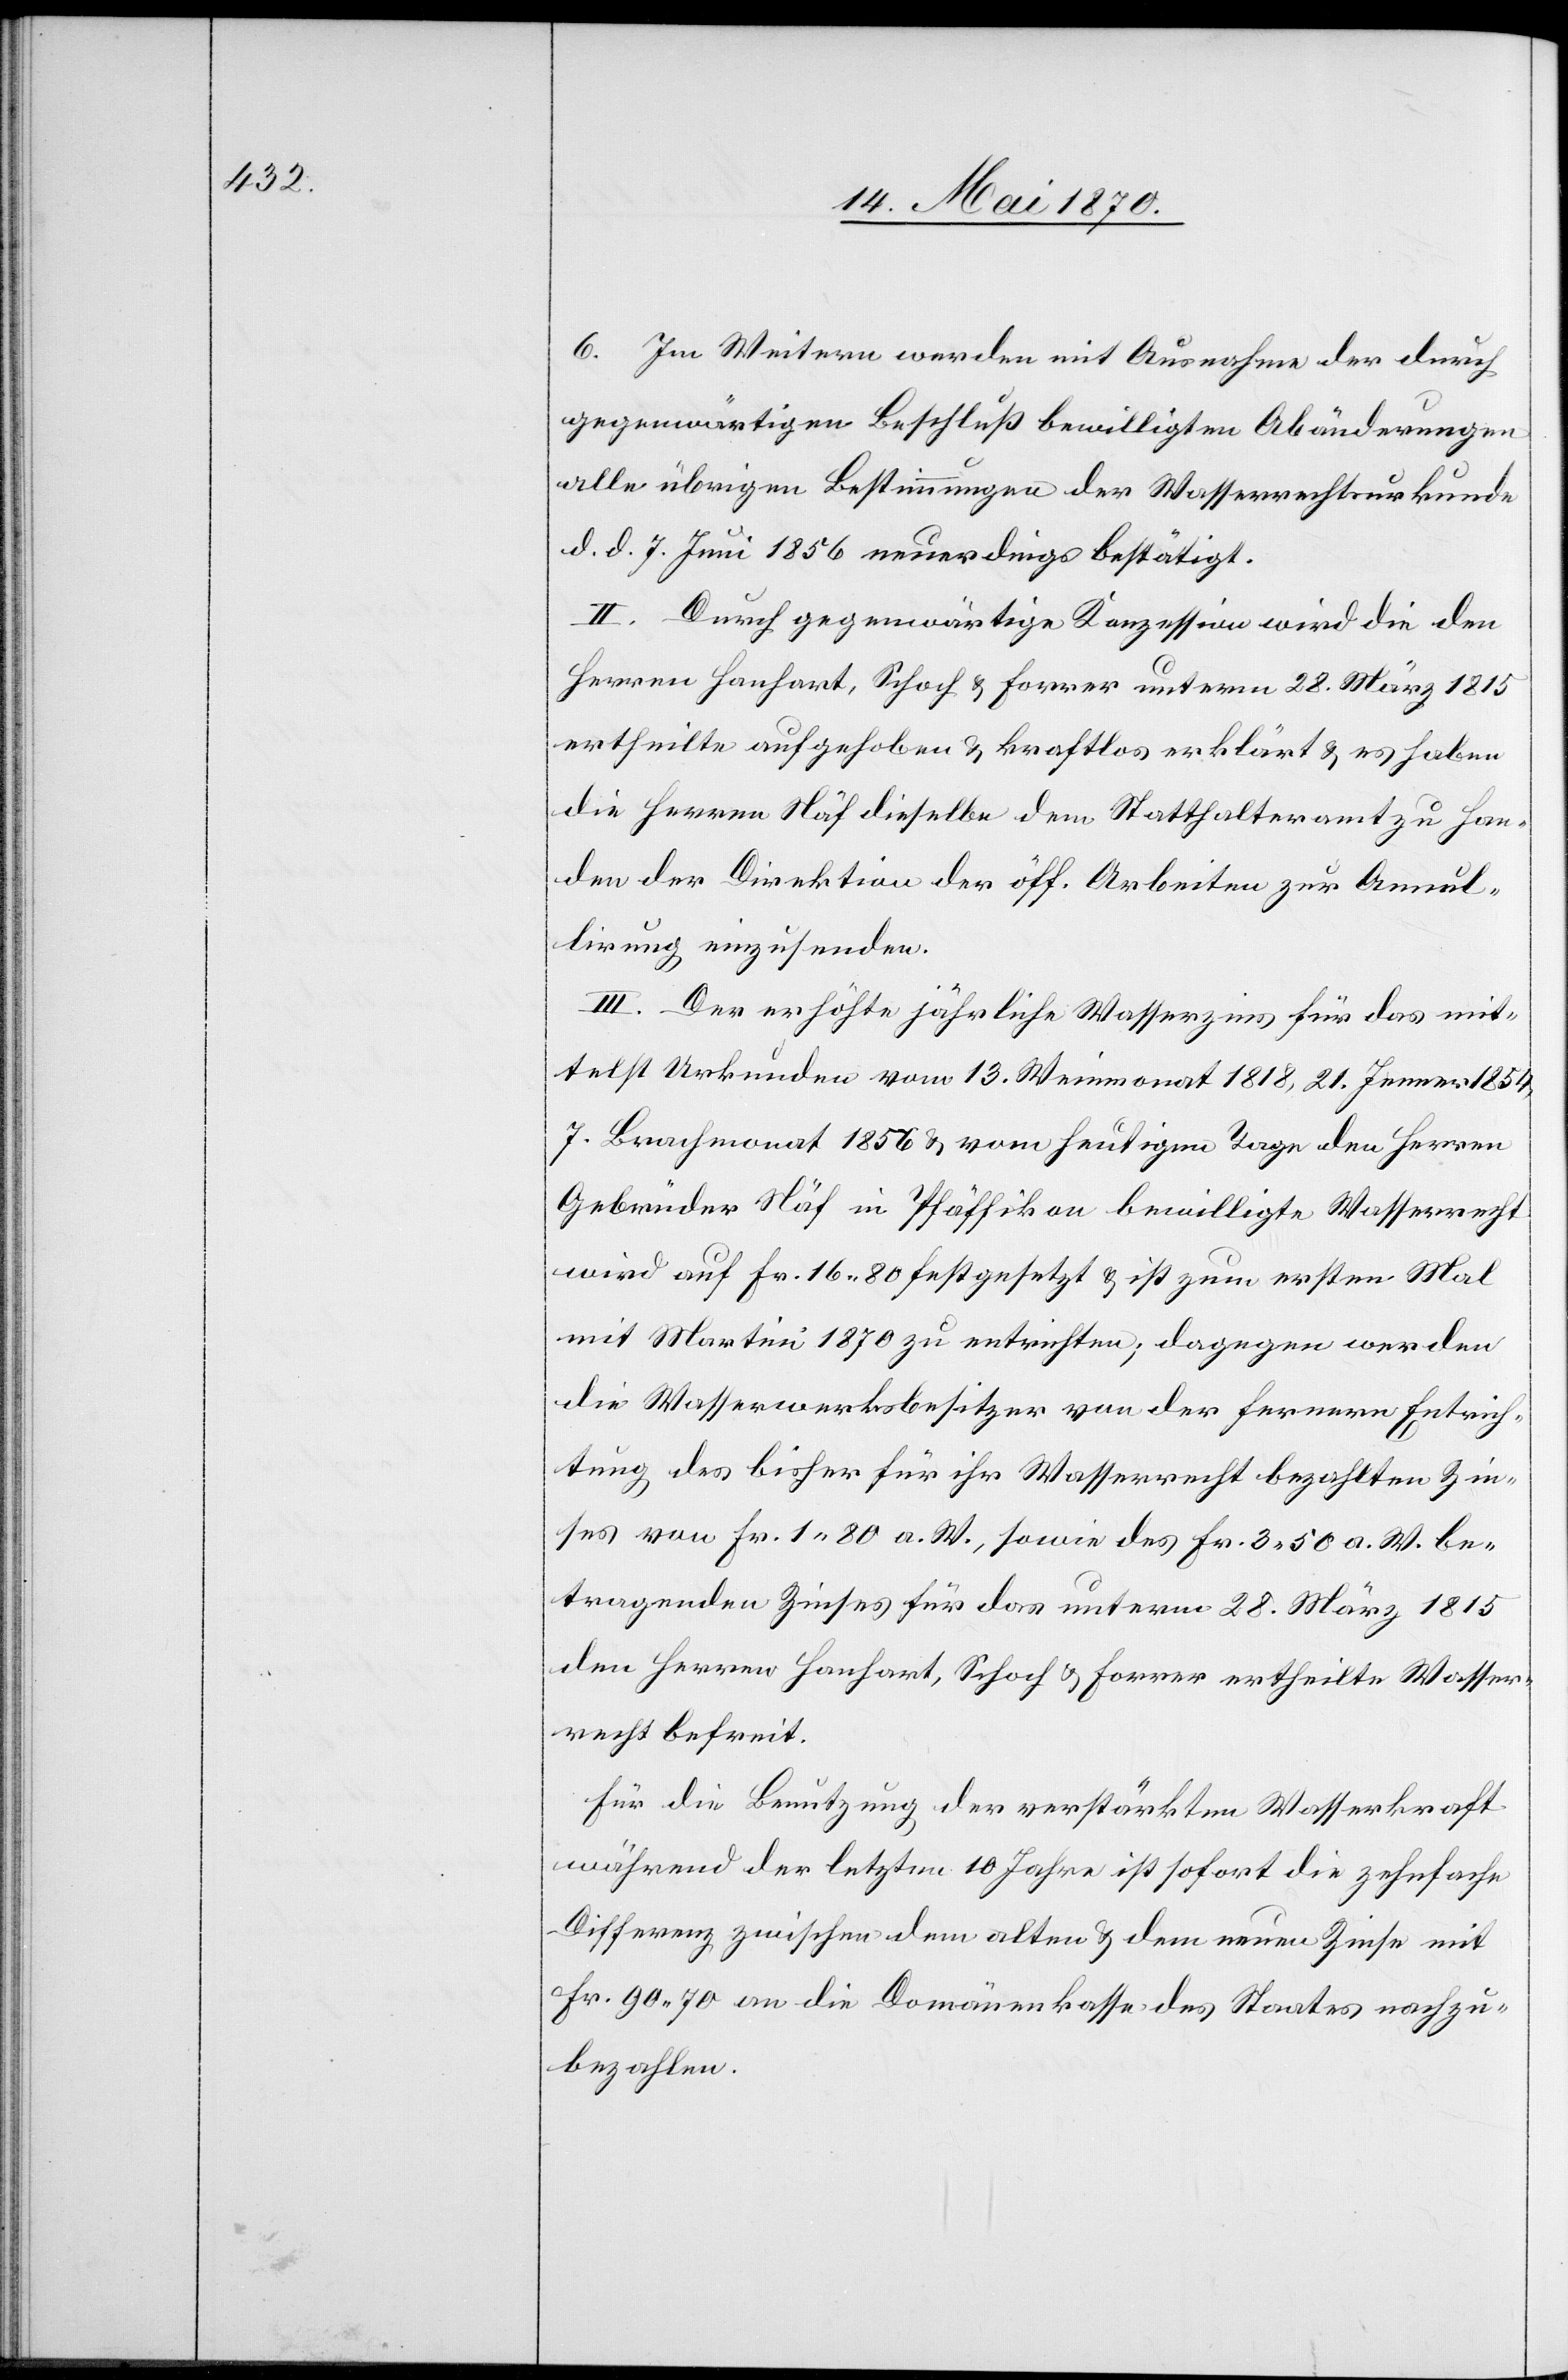
6. Im Weitern werden mit Ausnahme der durch
gegenwärtigen Beschluß bewilligten Abänderungen
alle übrigen Bestimmungen der Wasserrechtsurkunde
d. d. 7. Juni 1856 neuerdings bestätigt.
II. Durch gegenwärtige Konzession wird die den
Herren Hanhart, Schoch & Forrer unterm 28. März 1815
ertheilte aufgehoben & kraftlos erklärt & es haben
die Herren Näf dieselbe dem Statthalteramt zu Han¬
den der Direktion der öff. Arbeiten zur Annul¬
ation einzusenden.
III. Der erhöhte jährliche Wasserzins für das mit¬
telst Urkunden vom 13. Weinmonat 1818, 21. Jenner 1854,
7. Brachmonat 1856 & vom heutigen Tage den Herren
Gebrüder Näf in Pfäffikon bewilligte Wasserrecht
wird auf Fr. 16.80 festgesetzt & ist zum ersten Mal
mit Martini 1870 zu entrichten; dagegen werden
die Wasserwerksbesitzer von der fernern Entrich¬
tung des bisher für ihr Wasserrecht bezahlten Zin¬
ses von Fr. 1.80 a. W., sowie des Fr. 3.50 a. W. be¬
tragenden Zinses für das unterm 28. März 1815
den Herren Hanhart, Schoch & Forrer ertheilte Wasser¬
recht befreit.
Für die Benutzung der verstärkten Wasserkraft
während der letzten 10 Jahre ist sofort die zehnfache
Differenz zwischen dem alten & dem neuen Zinse mit
Fr. 90.70 an die Domänenkasse des Staates nachzu¬
bezahlen.